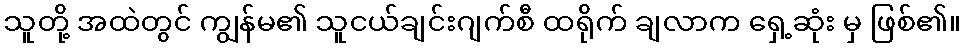
သူတို့ အထဲတွင် ကျွန်မ၏ သူငယ်ချင်းဂျက်စီ ထရိုက် ချလာက ရှေ့ဆုံး မှ ဖြစ်၏။